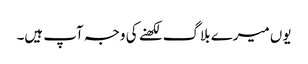
یوں میرے بلاگ لکھنے کی وجہ آپ ہیں۔